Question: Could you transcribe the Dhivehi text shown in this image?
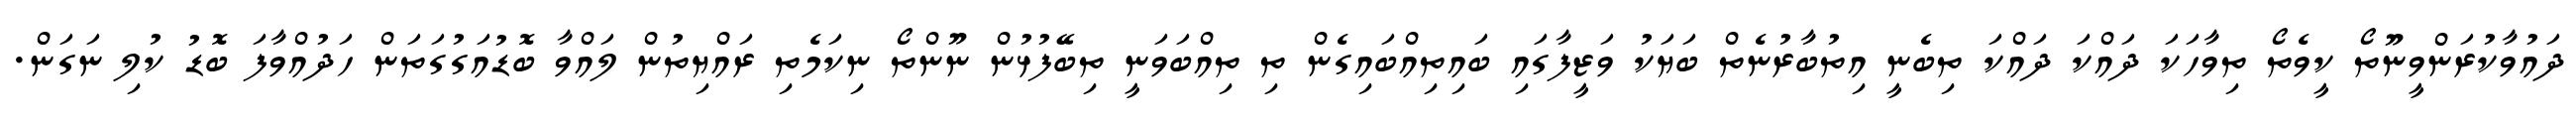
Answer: ދައުވާކުރަންވީނޫތޯ ކީވެތޯ ތިވާހަކަ ދައްކަ ދައްކަ ތިބެނީ އިތުބާރުނެތް ބަޔަކު ވަޒީފާގައި ބައިތިއްބައިގެން ތި ތިއްބަވަނީ ތިބޭފުޅުން ނޫންތޯ ނިކަމެތި ރައްޔިތުން ލައްވާ ބޮޑުއަގުގަތަން ހަދުއްވާފަ ބޮޑު ކުލި ނަގަން.